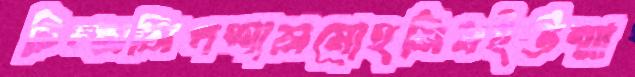
চিম্‌সলিপশালমোহসিনইউন্মা